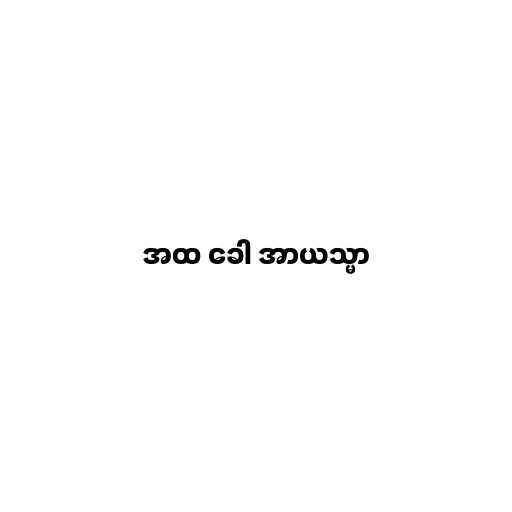
အထ ခေါ အာယသ္မာ